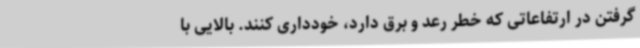
گرفتن در ارتفاعاتی که خطر رعد و برق دارد، خودداری کنند. بالایی با